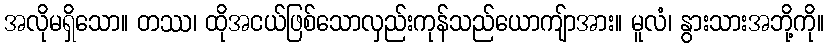
အလိုမရှိသော။ တဿ၊ ထိုအငယ်ဖြစ်သောလှည်းကုန်သည်ယောကျ်ာအား။ မူလံ၊ နွားသားအဘို့ကို။